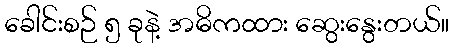
ခေါင်းစဉ် ၅ ခုနဲ့ အဓိကထား ဆွေးနွေးတယ်။